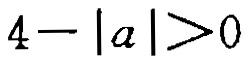
\(4 - |a| > 0\)